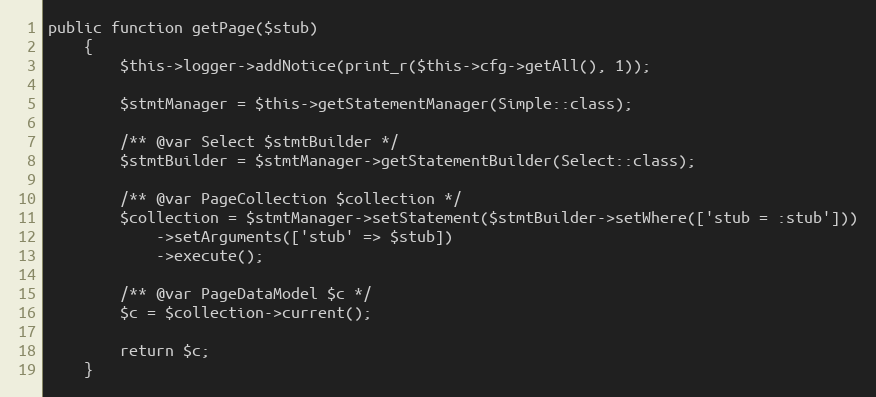
Language: PHP
public function getPage($stub)
    {
        $this->logger->addNotice(print_r($this->cfg->getAll(), 1));

        $stmtManager = $this->getStatementManager(Simple::class);

        /** @var Select $stmtBuilder */
        $stmtBuilder = $stmtManager->getStatementBuilder(Select::class);

        /** @var PageCollection $collection */
        $collection = $stmtManager->setStatement($stmtBuilder->setWhere(['stub = :stub']))
            ->setArguments(['stub' => $stub])
            ->execute();

        /** @var PageDataModel $c */
        $c = $collection->current();

        return $c;
    }